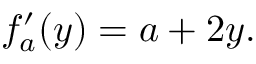
f _ { a } ^ { \prime } ( y ) = a + 2 y .